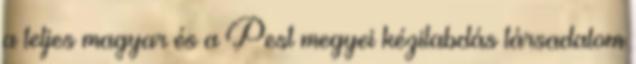
a teljes magyar és a Pest megyei kézilabdás társadalom